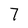
Character: 7